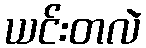
ယင်းတလဲ